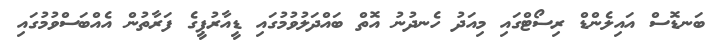
ބަނޑޮސް އައިލެންޑް ރިސޯޓްގައި މިއަދު ހެނދުނު އޮތް ބައްދަލުވުމުގައި ޑީއާރުޕީގެ ފަރާތުން އެއްބަސްވުމުގައި